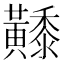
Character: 𪏦